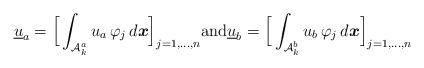
LaTeX: \begin{align*}\begin{aligned} {\underline{u}_a} = \Big\lbrack \int_{\mathcal{A}_{k}^a} {u_a} \, \varphi_j \,d\boldsymbol{x} \Big\rbrack_{j=1,\dots,n} \mbox{and} {\underline{u}_b} = \Big\lbrack \int_{\mathcal{A}_{k}^b} {u_b} \, \varphi_j \,d\boldsymbol{x} \Big\rbrack_{j=1,\dots,n}\end{aligned}\end{align*}